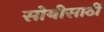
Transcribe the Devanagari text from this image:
सोयीसाठीं